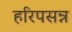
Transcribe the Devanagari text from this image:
हरिपसन्न